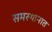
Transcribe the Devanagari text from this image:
समस्थानात